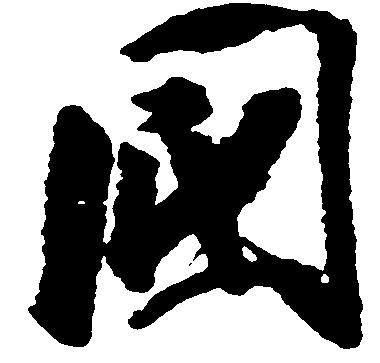
国